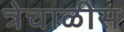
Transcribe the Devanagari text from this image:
त्रेचाळीस